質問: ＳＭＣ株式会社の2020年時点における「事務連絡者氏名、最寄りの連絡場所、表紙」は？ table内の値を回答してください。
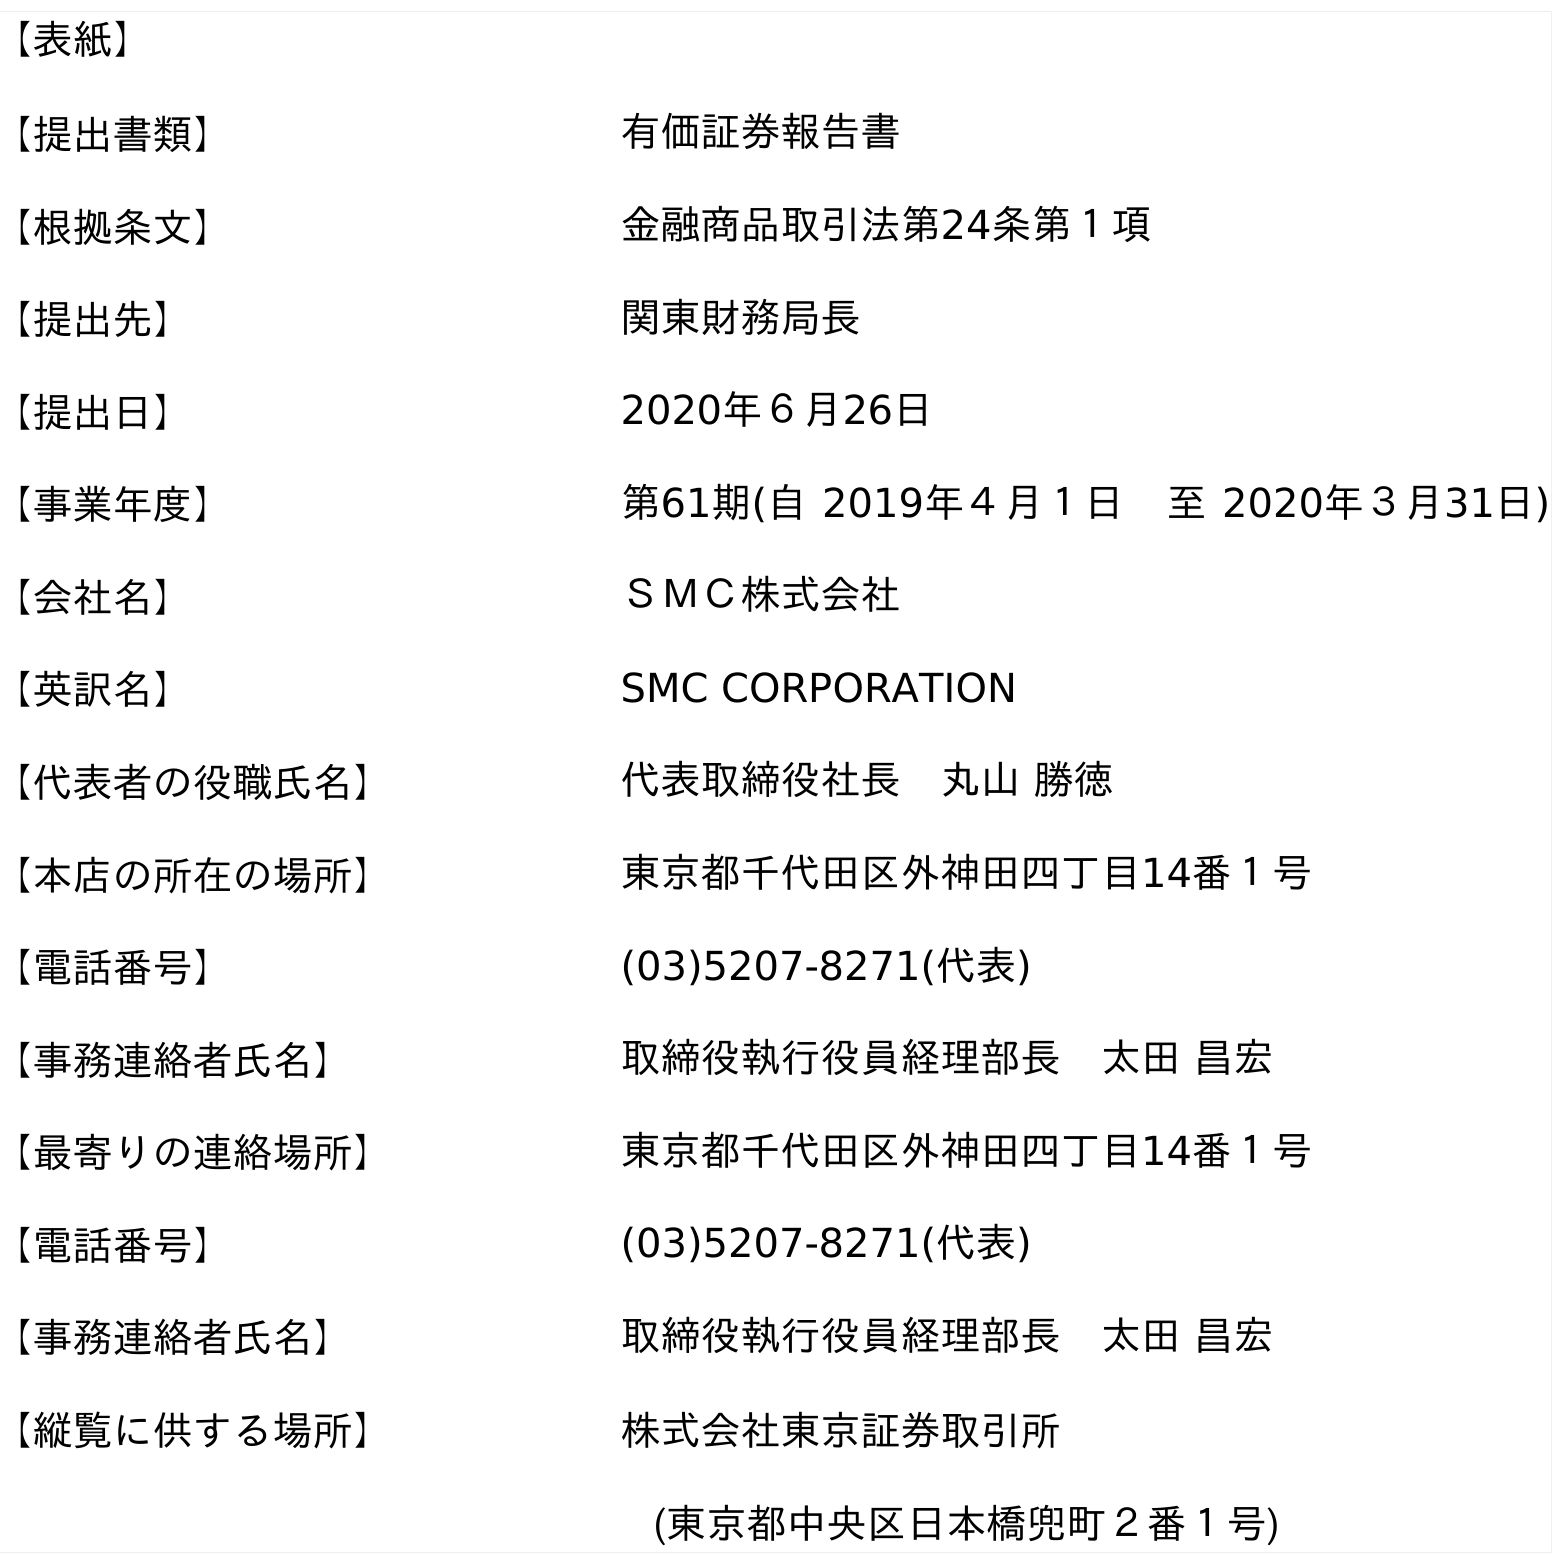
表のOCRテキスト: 【表紙】 【提出書類】 有価証券報告書 【根拠条文】 金融商品取引法第24条第１項 【提出先】 関東財務局長 【提出日】 2020年６月26日 【事業年度】 第61期(自 2019年４月１日 至 2020年３月31日) 【会社名】 ＳＭＣ株式会社 【英訳名】 SMC CORPORATION 【代表者の役職氏名】 代表取締役社長 丸山 勝徳 【本店の所在の場所】 東京都千代田区外神田四丁目14番１号 【電話番号】 (03)5207-8271(代表) 【事務連絡者氏名】 取締役執行役員経理部長 太田 昌宏 【最寄りの連絡場所】 東京都千代田区外神田四丁目14番１号 【電話番号】 (03)5207-8271(代表) 【事務連絡者氏名】 取締役執行役員経理部長 太田 昌宏 【縦覧に供する場所】 株式会社東京証券取引所 (東京都中央区日本橋兜町２番１号)
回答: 取締役執行役員経理部長　太田 昌宏